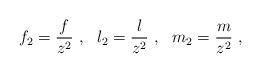
LaTeX: \begin{align*}f_2=\frac{f}{z^2} \ , \ \ l_2=\frac{l}{z^2} \ , \ \ m_2=\frac{m}{z^2} \ ,\end{align*}